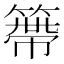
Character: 𥲭